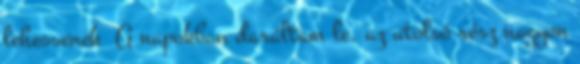
lehessenek A napokban daráltam le, az utolsó rész nagyon